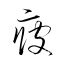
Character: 疲